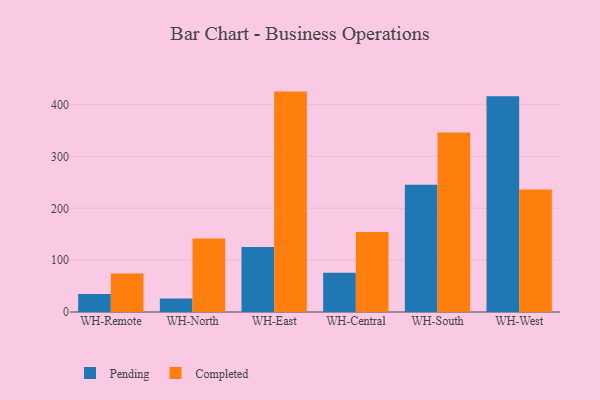
{"axis": {"x": "Warehouse", "y": "Headcount"}, "legend": ["Completed", "Pending"], "data": [{"x": "WH-Remote", "y": 34.9, "type": "Pending"}, {"x": "WH-Remote", "y": 74.2, "type": "Completed"}, {"x": "WH-North", "y": 25.8, "type": "Pending"}, {"x": "WH-North", "y": 141.8, "type": "Completed"}, {"x": "WH-East", "y": 125.2, "type": "Pending"}, {"x": "WH-East", "y": 425.1, "type": "Completed"}, {"x": "WH-Central", "y": 75.8, "type": "Pending"}, {"x": "WH-Central", "y": 154.5, "type": "Completed"}, {"x": "WH-South", "y": 245.5, "type": "Pending"}, {"x": "WH-South", "y": 346.1, "type": "Completed"}, {"x": "WH-West", "y": 415.9, "type": "Pending"}, {"x": "WH-West", "y": 236.5, "type": "Completed"}]}